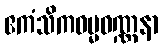
ဧကံသိကဓမ္မဝဏ္ဏနာ